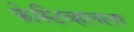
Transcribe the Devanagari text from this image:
फेस्टिव्हलला